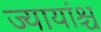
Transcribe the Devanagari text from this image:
ज्यायांश्च